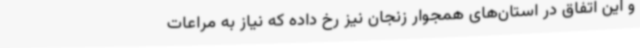
و این اتفاق‌ در استان‌های همجوار زنجان نیز رخ داده که نیاز به مراعات